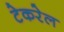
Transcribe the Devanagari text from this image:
टेकरेल